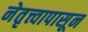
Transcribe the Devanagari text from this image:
नेतृत्त्वापासून